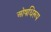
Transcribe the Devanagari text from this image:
ओषधिरूप